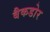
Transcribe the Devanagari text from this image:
बैकडोर